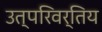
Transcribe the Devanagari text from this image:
उत्परिवर्तिय